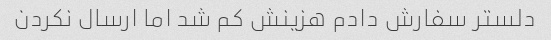
دلستر سفارش دادم هزینش کم شد اما ارسال نکردن